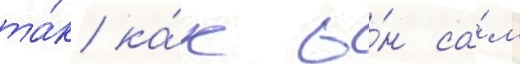
та́к ка́к о́н са́м